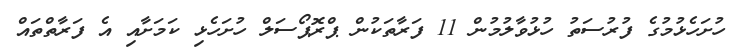
ހުށަހެޅުމުގެ ފުރުސަތު ހުޅުވާލުމުން 11 ފަރާތަކުން ޕްރޮޕޯސަލް ހުށަހެޅި ކަމަށާއި އެ ފަރާތްތައް